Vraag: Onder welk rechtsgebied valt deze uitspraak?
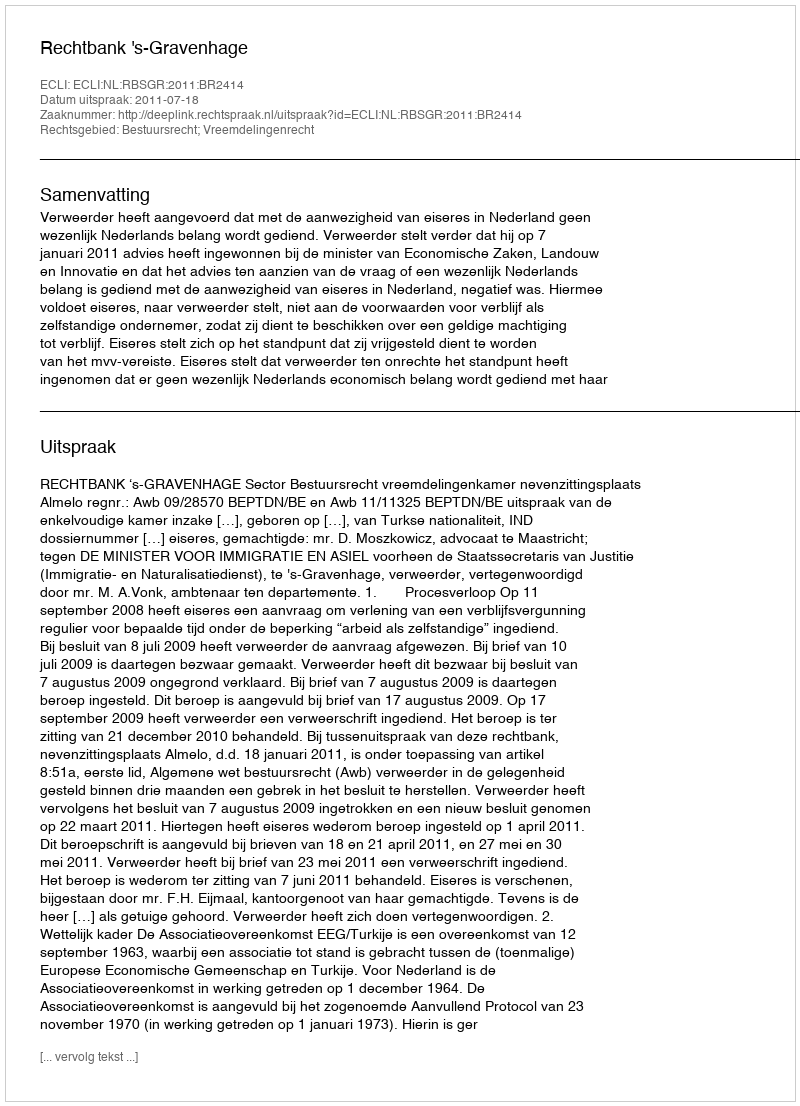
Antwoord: Bestuursrecht; Vreemdelingenrecht